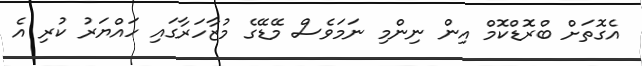
އެގޮތަށް ބްރޮޑްކޮމް އިން ނިންމި ނަމަވެސް މޭޑޭގެ މުޒާހަރާގައި ހައްޔަރު ކުރި އެ